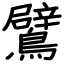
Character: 鷿